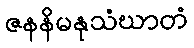
ဇနနိမနုသံဃာတံ